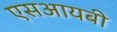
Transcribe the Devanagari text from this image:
एसआयबी